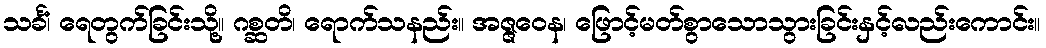
သင်္ခံ၊ ရေတွက်ခြင်းသို့။ ဂစ္ဆတိ၊ ရောက်သနည်း။ အဇ္ဇဝေန၊ ဖြောင့်မတ်စွာသောသွားခြင်းနှင့်လည်းကောင်း။